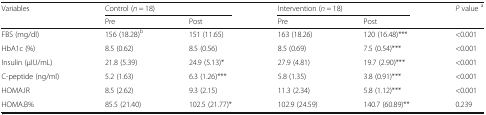
<table><thead><tr><td rowspan="2"><b>Variables</b></td><td colspan="2"><b>Control (<i>n</i> = 18)</b></td><td colspan="2"><b>Intervention (<i>n</i> = 18)</b></td><td rowspan="2"><b><i>P</i> value <sup>a</sup></b></td></tr><tr><td><b>Pre</b></td><td><b>Post</b></td><td><b>Pre</b></td><td><b>Post</b></td></tr></thead><tbody><tr><td>FBS (mg/dl)</td><td>156 (18.28)<sup>b</sup></td><td>151 (11.65)</td><td>163 (18.26)</td><td>120 (16.48)***</td><td>&lt;0.001</td></tr><tr><td>HbA1c (%)</td><td>8.5 (0.62)</td><td>8.5 (0.56)</td><td>8.5 (0.69)</td><td>7.5 (0.54)***</td><td>&lt;0.001</td></tr><tr><td>Insulin (μIU/mL)</td><td>21.8 (5.39)</td><td>24.9 (5.13)*</td><td>27.9 (4.81)</td><td>19.7 (2.90)***</td><td>&lt;0.001</td></tr><tr><td>C-peptide (ng/ml)</td><td>5.2 (1.63)</td><td>6.3 (1.26)***</td><td>5.8 (1.35)</td><td>3.8 (0.91)***</td><td>&lt;0.001</td></tr><tr><td>HOMA.IR</td><td>8.5 (2.62)</td><td>9.3 (2.15)</td><td>11.3 (2.34)</td><td>5.8 (1.12)***</td><td>&lt;0.001</td></tr><tr><td>HOMA.B%</td><td>85.5 (21.40)</td><td>102.5 (21.77)*</td><td>102.9 (24.59)</td><td>140.7 (60.89)**</td><td>0.239</td></tr></tbody></table>